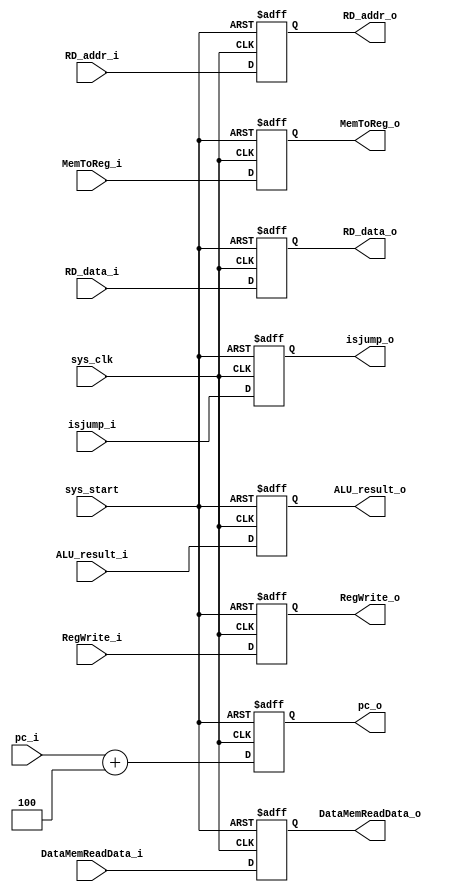
module  MEM_WB
(
    input   wire            sys_clk          ,
    input   wire            sys_start        ,
    input   wire    [31:0]  ALU_result_i     ,
    input   wire    [31:0]  RD_data_i        ,
    input   wire    [4:0 ]  RD_addr_i        ,
    input   wire            RegWrite_i       ,
    input   wire            MemToReg_i       ,
    input   wire    [31:0]  DataMemReadData_i,
    input   wire    [31:0]  pc_i             ,
    input   wire            isjump_i         ,    
    
    output  reg     [31:0]  ALU_result_o     ,
    output  reg     [31:0]  RD_data_o        ,
    output  reg     [4:0 ]  RD_addr_o        ,
    output  reg             RegWrite_o       ,
    output  reg             MemToReg_o       ,
    output  reg     [31:0]  DataMemReadData_o,
    output  reg     [31:0]  pc_o             ,
    output  reg             isjump_o       
    
);

always@(posedge sys_clk or negedge sys_start)
    begin
        if(~sys_start)
            begin
                ALU_result_o      <= 1'b0;
                RD_data_o         <= 1'b0;
                RD_addr_o         <= 1'b0;
                RegWrite_o        <= 1'b0;
                MemToReg_o        <= 1'b0;
                DataMemReadData_o <= 1'b0;
                pc_o              <= 1'b0;
                isjump_o          <= 1'b0;
            end
        else
            begin
                ALU_result_o      <= ALU_result_i;
                RD_data_o         <= RD_data_i;
                RD_addr_o         <= RD_addr_i;
                RegWrite_o        <= RegWrite_i;
                MemToReg_o        <= MemToReg_i;
                DataMemReadData_o <= DataMemReadData_i;
                pc_o              <= pc_i + 32'd4; // jump rd = pc + 4
                isjump_o          <= isjump_i;
            end
    end

endmodule